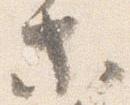
等